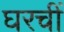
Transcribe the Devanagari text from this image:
घरचीं